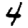
Digit: 4